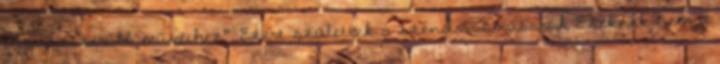
„legnépszerűbb műveihez”. Ezért születtek a szendvicsműsorok Ezeknek nem a